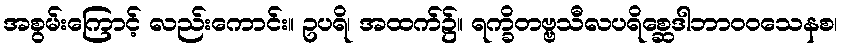
အစွမ်းကြောင့် လည်းကောင်း။ ဥပရိ၊ အထက်၌။ ရက္ခိတဗ္ဗသီလပရိစ္ဆေဒါဘာဝဝသေနစ၊